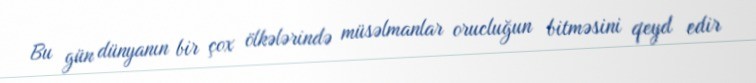
Bu gün dünyanın bir çox ölkələrində müsəlmanlar orucluğun bitməsini qeyd edir